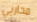
محاربي